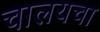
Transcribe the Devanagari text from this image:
चालयचा